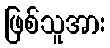
ဖြစ်သူအား